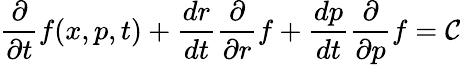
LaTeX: \frac{\partial}{\partial t}f(x,p,t)+\frac{dr}{dt}\frac{\partial}{\partial r}f+\frac{dp}{dt}\frac{\partial}{\partial p}f=\mathcal{C}